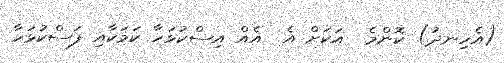
(އެހިނދު) ކޮންމެ  އަކަށް އެ  އެއް އިސްކުޅަހާ ކަމަކާއި ފަސްކުޅަހާ